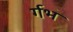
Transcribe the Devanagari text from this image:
र्गभ